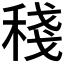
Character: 𥟥